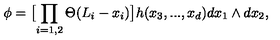
\phi = \bigl [ \prod _ { i = 1 , 2 } \Theta ( L _ { i } - x _ { i } ) \bigr ] h ( x _ { 3 } , . . . , x _ { d } ) d x _ { 1 } \wedge d x _ { 2 } ,